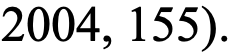
2004, 155).